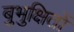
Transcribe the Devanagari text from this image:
बुभुक्षितों